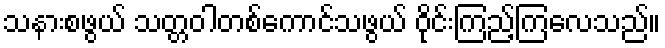
သနားစဖွယ် သတ္တဝါတစ်ကောင်သဖွယ် ဝိုင်းကြည့်ကြလေသည်။